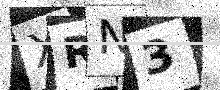
Text: XRN3